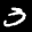
Label: 3